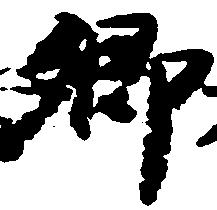
卿